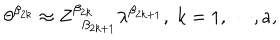
\theta ^ { \beta _ { 2 k } } \approx Z _ { \; \; \beta _ { 2 k + 1 } } ^ { \beta _ { 2 k } } \lambda ^ { \beta _ { 2 k + 1 } } , \; k = 1 , \cdots , a ,